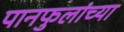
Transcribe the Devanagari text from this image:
पानफुलांच्या